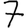
Digit: 7